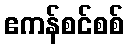
ဧကန်စင်စစ်